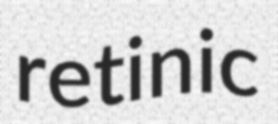
retinic